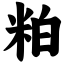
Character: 粕